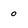
Character: 0